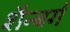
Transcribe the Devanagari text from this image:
शैन्बर्ग